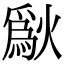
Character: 𤏜